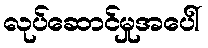
လုပ်ဆောင်မှုအပေါ်